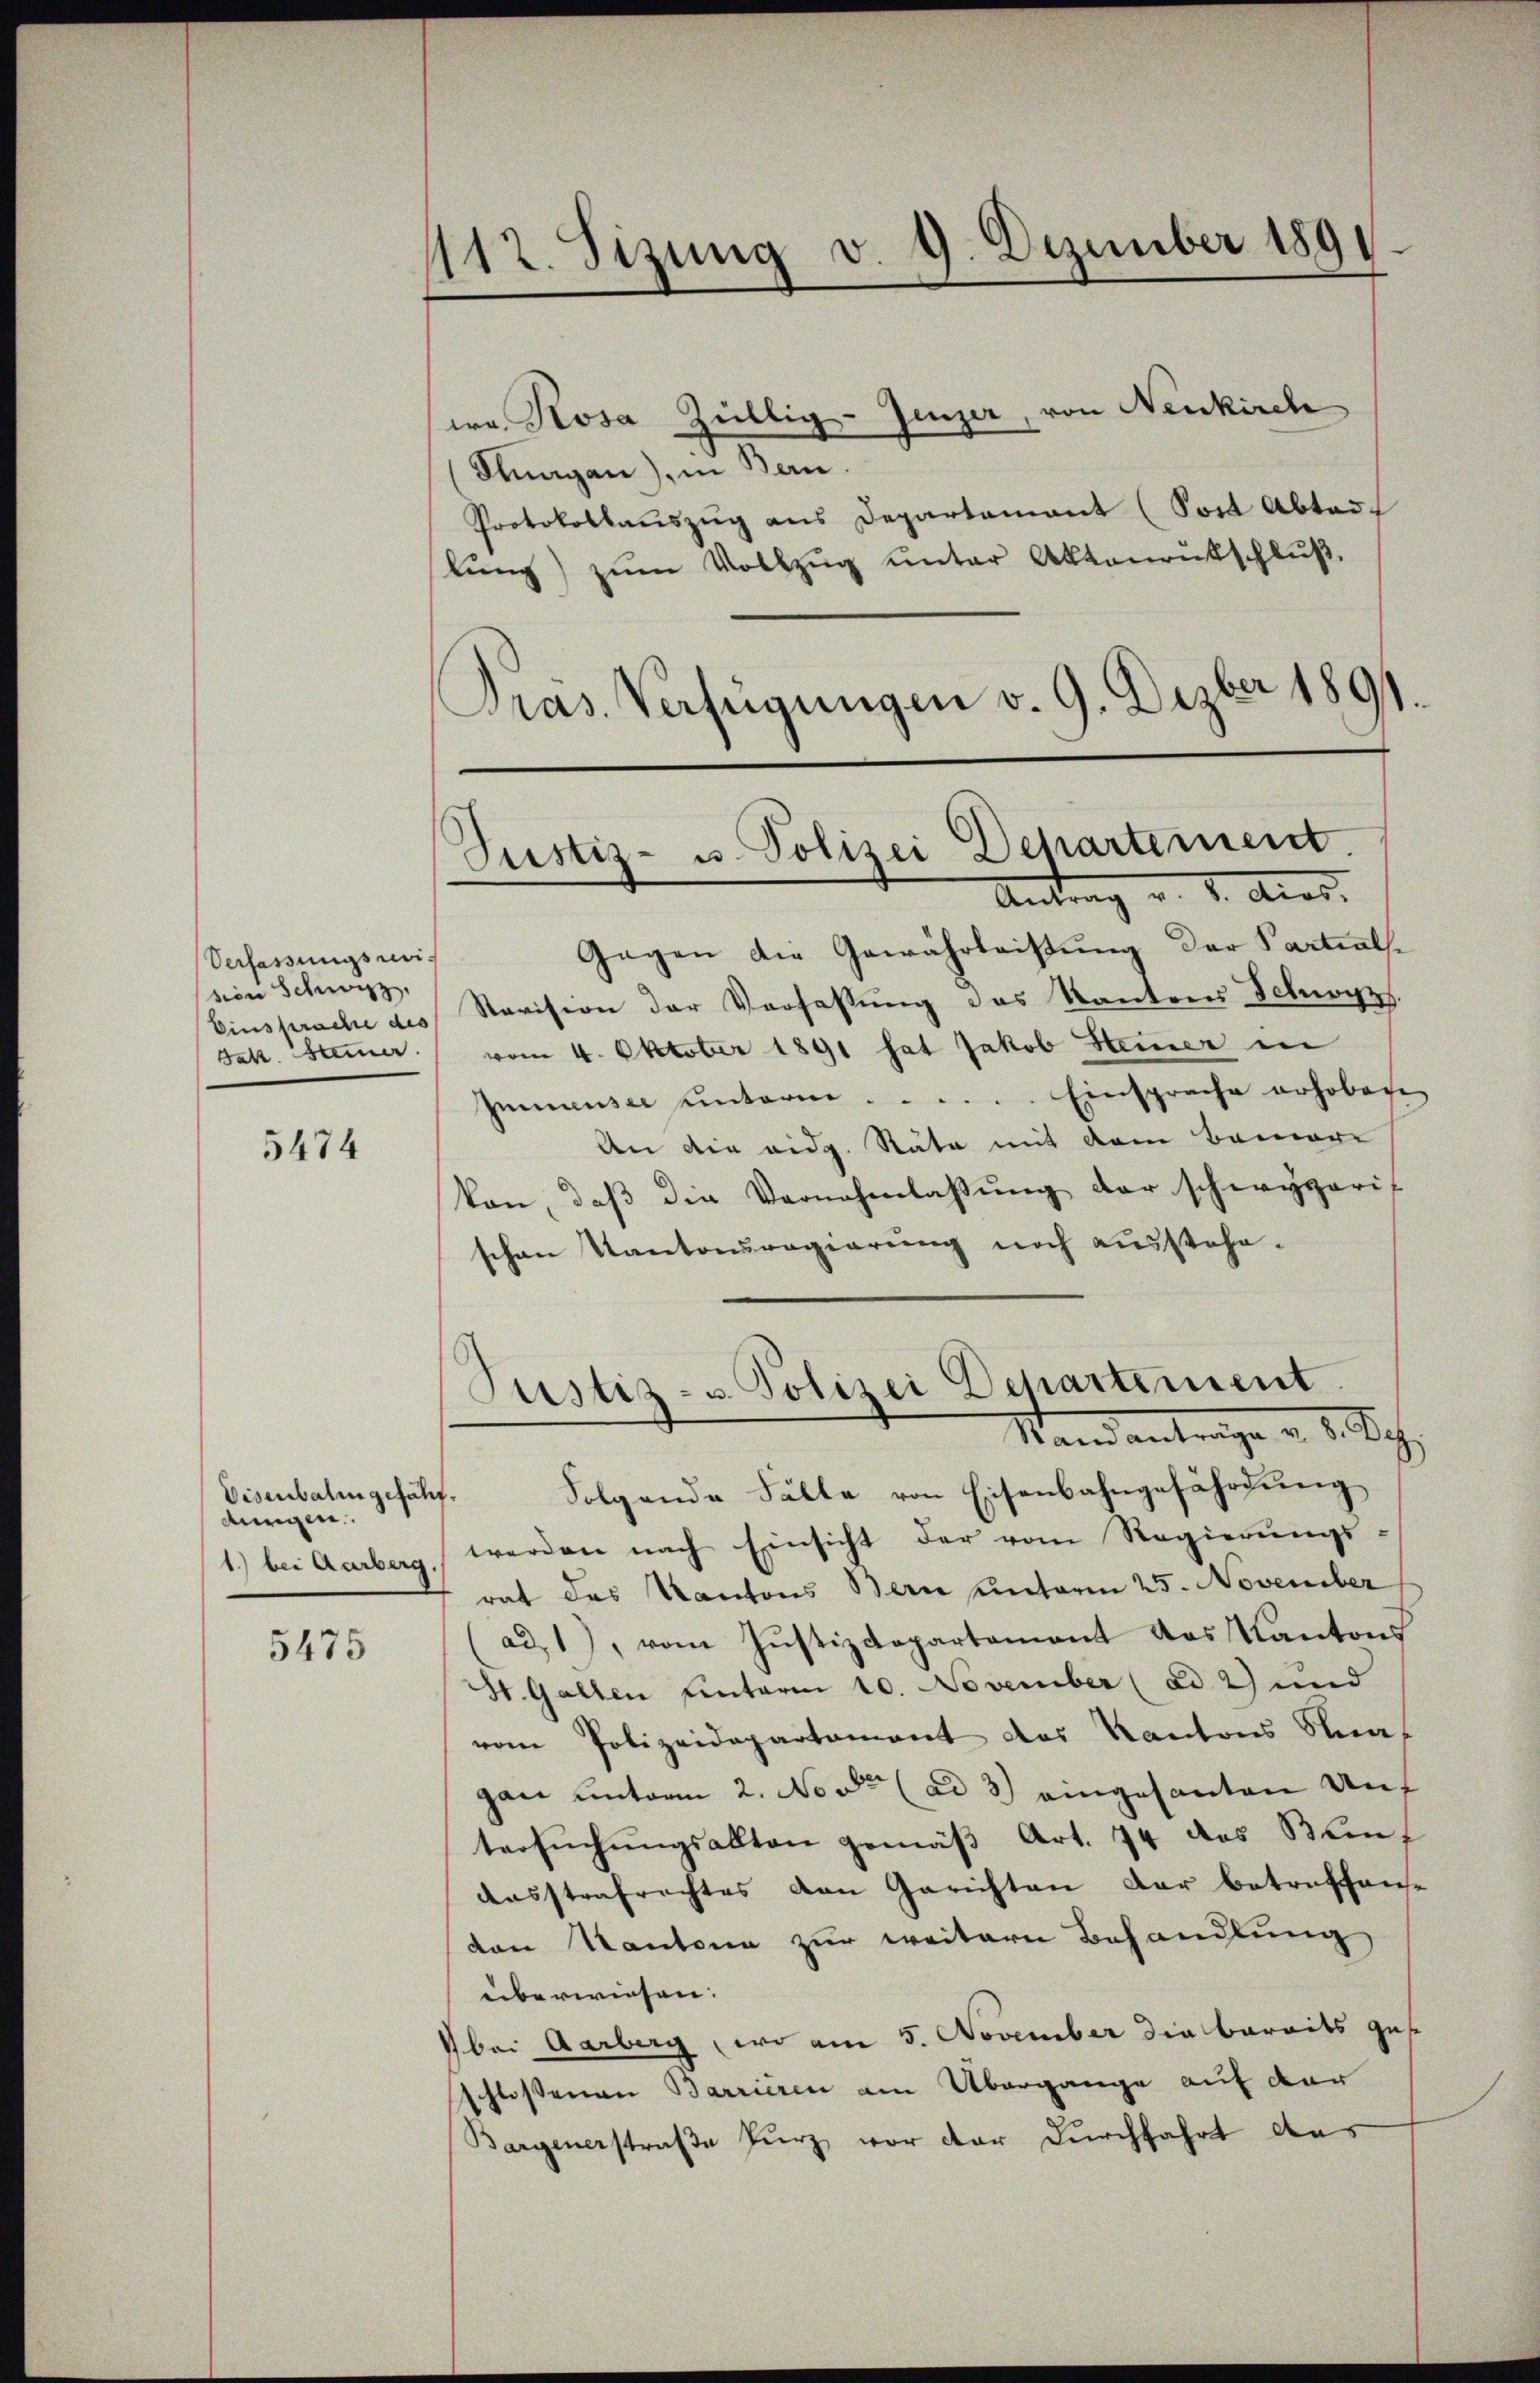
Verfassungsweision Schwyz,
Jak. Hammer.

5474

Visenbalingefähf.
durgen.
1) bei Aarberg.

5475

112. Sizung v. 9. Dezember 1891.

ea Rosa Zillig-Jenzer, von Neukirch
Snagan), in Bern.
Protokollauszug aus Departement (Post Abtadi
lŭng zŭm Vollzug unter Aktenrutschluß.
Pras. Verfügungen v. 9. Dezber 1891.
Gegen die Gewährleistung der Partials¬
Einsprache des Revision der Verfassung des Kantons Schwyz.
vom 4. Oktober 1891 hat Jakob Steiner in
Immensee unterm  ..  ..  ....... Einsprache erhoben
An die eidg. Räte mit dem Bemere
Von, daβ die Vernehmlassung der schwyzeris
schen Kantonsregierung noch ausstehe¬
Justiz- u. Polizei Departement
Stand antrage u. 3. Sch
Folgende Fälle von Eisenbahngefährdung
werden nach Einsicht der vom Regierungs-
rat des Kantons Bern unterm 25. November
ad1), vom Justizdepartement das Kantons
St. Gallen unterm 10. November (ad 2) und
vom Polizeidepartement das Kantons Stragan unterm 2. Nove (ad 3) eingesanten Auf
tersuchungsakten gemäß Art. 74 des Beif
Ausstrafrechtes den Gerichten der betreffene
den Kantone zur weitern Behandlung
überwiesen.
bei Aarberg, wo am 5. November die bereits ges
schlossenen Barrieren am Übergange auf der
Bargenerstraße kurz vor der Durchfahrt aus

Justiz- u. Polizei Departement.
Antrag v. 8. Augs